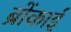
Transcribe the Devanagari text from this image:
ब्रोंकाई